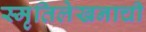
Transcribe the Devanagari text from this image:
स्मृतिलेखनाची